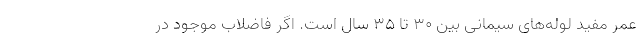
عمر مفید لوله‌های سیمانی بین ۳۰ تا ۳۵ سال است. اگر فاضلاب موجود در